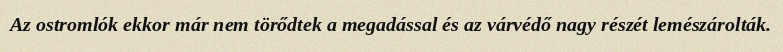
Az ostromlók ekkor már nem törődtek a megadással és az várvédő nagy részét lemészárolták.